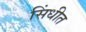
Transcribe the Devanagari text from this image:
सिंधीत